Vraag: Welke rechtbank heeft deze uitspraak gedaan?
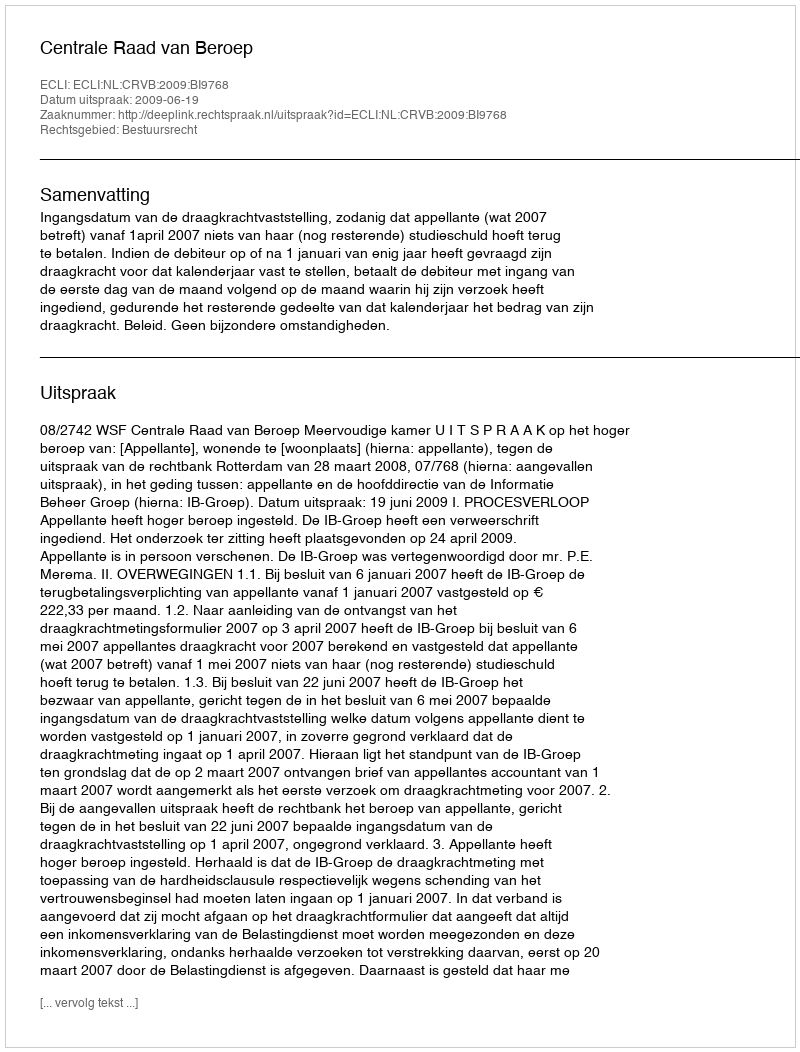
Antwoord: Centrale Raad van Beroep